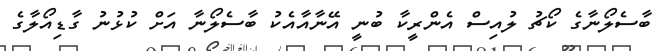
ބާސެލޯނާގެ ކޯޗު ލުއިސް އެންރީކާ ބުނީ އޭނާއާއެކު ބާސެލޯނާ އަށް ކުޅުނު ގާޑިއޯލާގެ